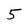
Character: 5